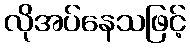
လိုအပ်နေသဖြင့်